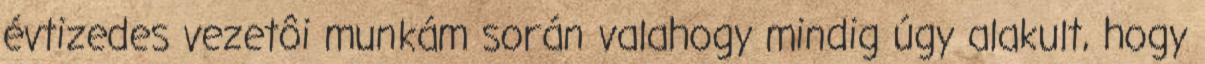
évtizedes vezetôi munkám során valahogy mindig úgy alakult, hogy